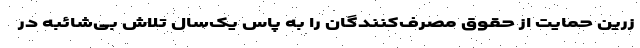
زرین حمایت از حقوق مصرف‌کنندگان را به پاس یک‌سال تلاش بی‌شائبه در